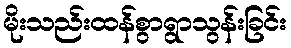
မိုးသည်းထန်စွာရွာသွန်းခြင်း